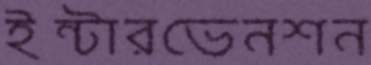
ইন্টারভেনশন